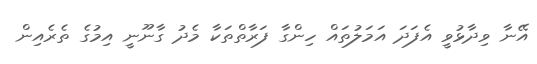
އޭނާ ވިދާޅުވީ އެފަދަ އަމަލުތައް ހިންގާ ފަރާތްތަކާ މެދު ގާނޫނީ އިމުގެ ތެރެއިން